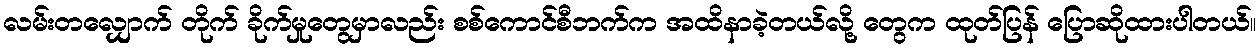
လမ်းတလျှောက် တိုက် ခိုက်မှုတွေမှာလည်း စစ်ကောင်စီဘက်က အထိနာခဲ့တယ်လို့ တွေက ထုတ်ပြန် ပြောဆိုထားပါတယ်။